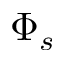
\Phi _ { s }